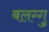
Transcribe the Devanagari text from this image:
बलग्गु